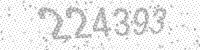
Solution: 224393